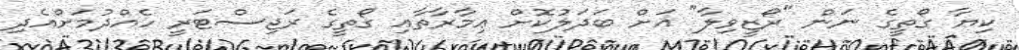
ކިޔާ ގޯތީގެ ނަން "ރޯޒީވިލާ" އަށް ބަދަލުކޮށް ޢިމާރާތާއި ގޯތީގެ ރަޖިސްޓަރީ ހެއްދުމަށްއެދި